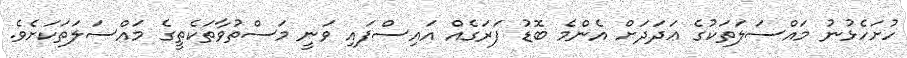
ހުށަހެޅުނު މައްސަލަތަކުގެ ޢަދަދަށް އެންމެ ބޮޑު ފަރަގެއް އައިސްފައި ވަނީ މަސްތުވާތަކެތީގެ މައްސަލަތަކަށެވެ.